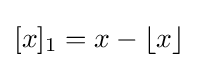
[x]_{1}=x-\lfloor x\rfloor